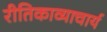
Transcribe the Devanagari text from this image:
रीतिकाव्याचार्य